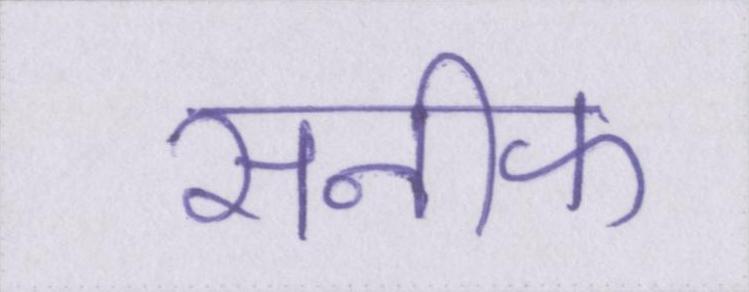
सनीफ